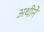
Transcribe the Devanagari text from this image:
अथीने